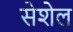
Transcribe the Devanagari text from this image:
सेशेल